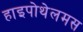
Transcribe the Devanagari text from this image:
हाइपोथेलमस